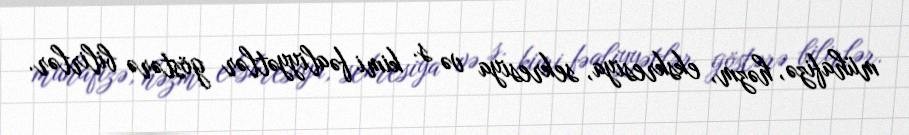
mühafizə, həzm, ekskresiya, sekresiya və s. kimi fəaliyyətlər göstərə bilirlər.